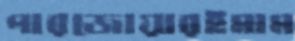
পারজোয়ারইমাম